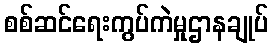
စစ်ဆင်ရေးကွပ်ကဲမှုဌာနချုပ်